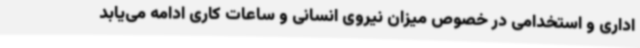
اداری و استخدامی در خصوص میزان نیروی انسانی و ساعات کاری ادامه می‌یابد